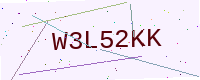
Text: W3L52KK